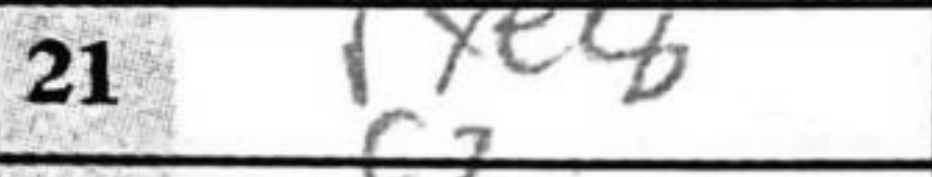
Transcription: Rxe8